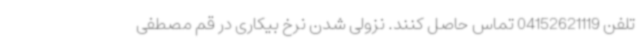
تلفن 04152621119 تماس حاصل کنند. نزولی شدن نرخ بیکاری در قم مصطفی